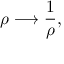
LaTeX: \rho \longrightarrow \frac { 1 } { \rho } ,